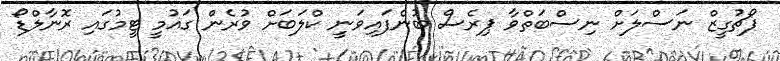
ޕޯޗުގީޒް ނަސްލަށް ނިސްބަތްވާ ޕިރެސް ބުނެފައިވަނީ ކްލަބަށް ވުރެން ގައުމީ ޓީމުގައި ރޮނާލްޑޯ